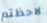
لاحظتم